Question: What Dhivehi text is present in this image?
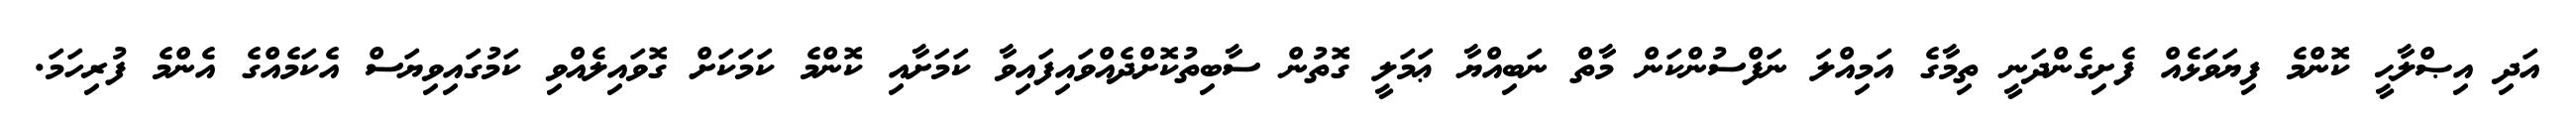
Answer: އަދި އިޞްލާޙީ ކޮންމެ ފިޔަވަޅެއް ފެށިގެންދަނީ ތިމާގެ އަމިއްލަ ނަފްސުންކަން މާތް ނަބިއްޔާ ޢަމަލީ ގޮތުން ސާބިތުކޮށްދެއްވައިފައިވާ ކަމަށާއި ކޮންމެ ކަމަކަށް ގޮވައިލެއްވި ކަމުގައިވިޔަސް އެކަމެއްގެ އެންމެ ފުރިހަމަ.